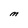
Character: M